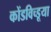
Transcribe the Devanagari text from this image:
कोंडविच्डूया